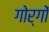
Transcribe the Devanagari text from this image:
गोर्गों